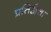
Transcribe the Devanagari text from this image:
प्रतिज्ञेचा